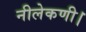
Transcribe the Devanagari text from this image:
नीलेकणी।